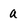
Character: a